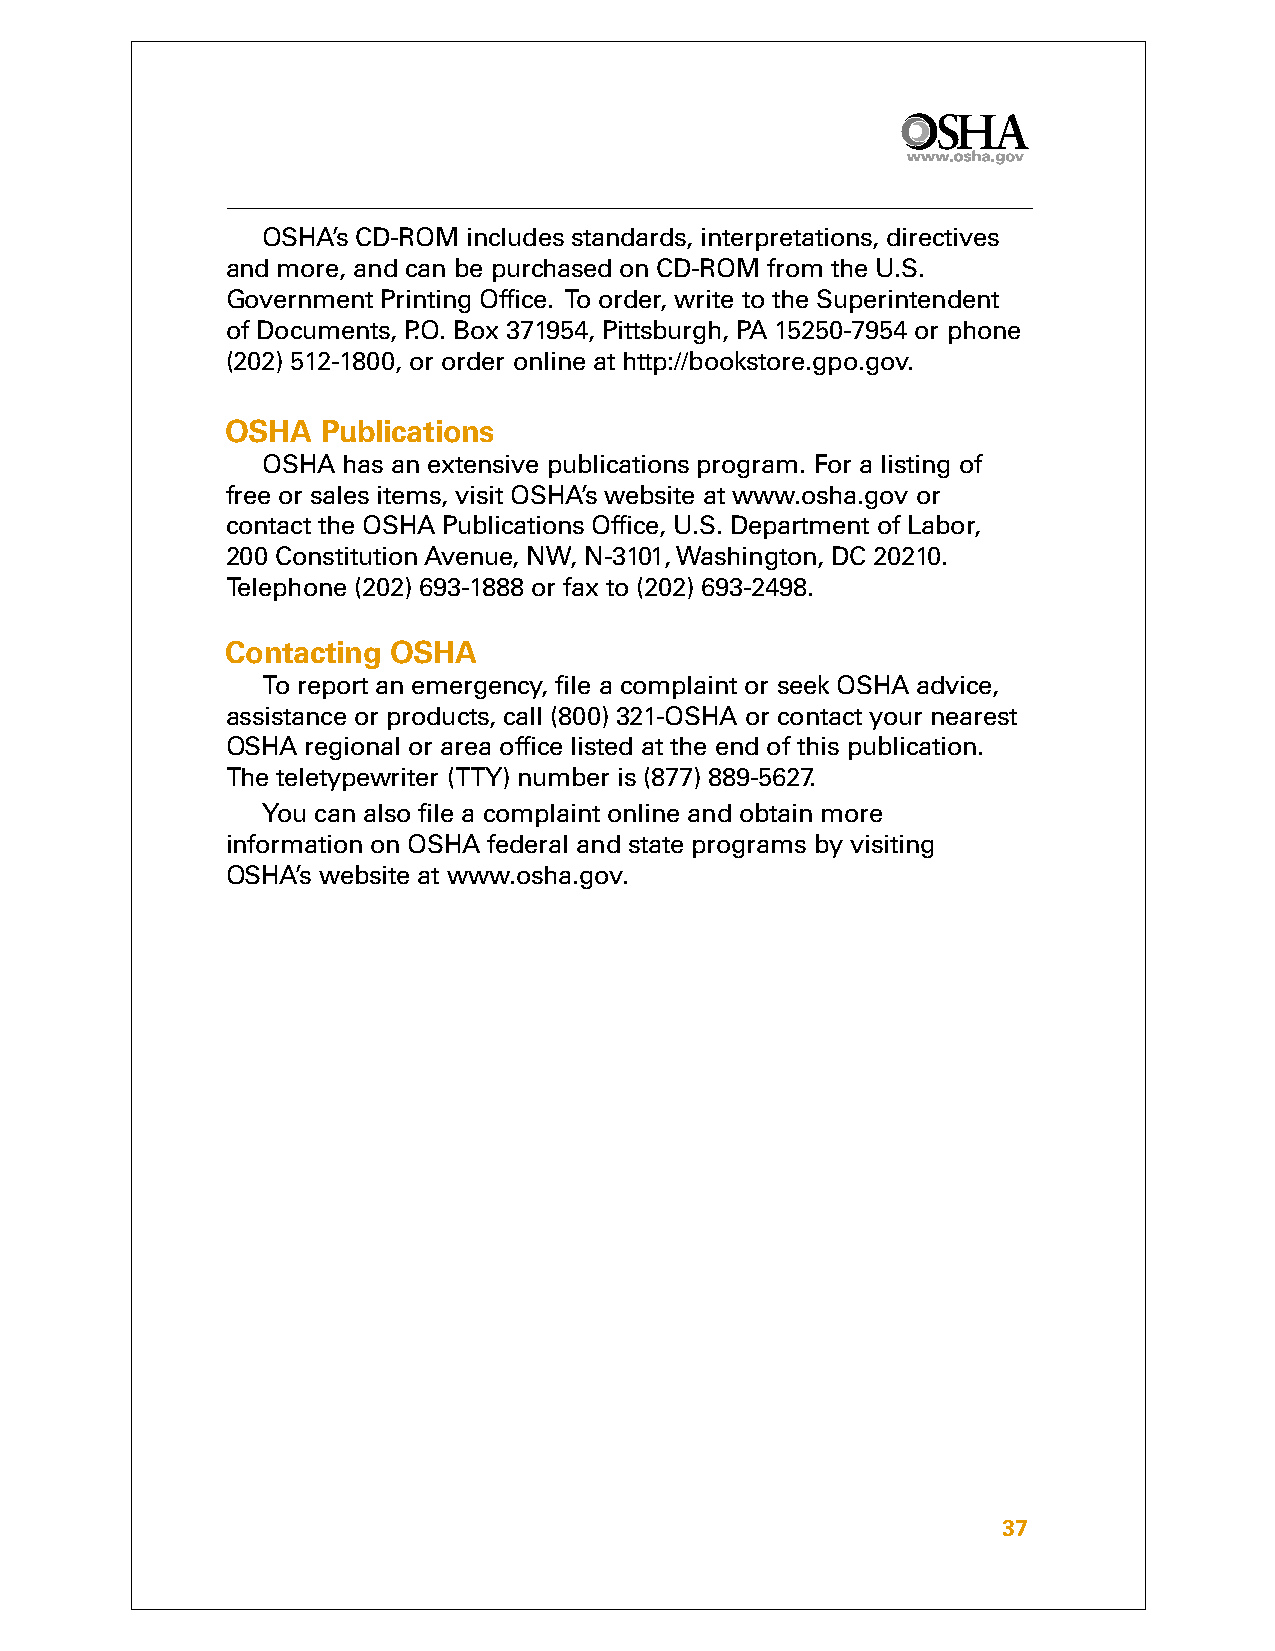
OSHA’s CD-ROM includes standards, interpretations, directives
 and more, and can be purchased on CD-ROM from the U.S.
 Government Printing Office. To order, write to the Superintendent
 of Documents, P.O. Box 371954, Pittsburgh, PA 15250-7954 or phone
 (202) 512-1800, or order online at http://bookstore.gpo.gov.
 OSHA  Publications
 OSHA  has an extensive publications program. For a listing of
 free or sales items, visit OSHA’s website at www.osha.gov or
 contact the OSHA Publications Office, U.S. Department of Labor,
 200 Constitution Avenue, NW, N-3101, Washington, DC 20210.
 Telephone (202) 693-1888 or fax to (202) 693-2498.
 Contacting OSHA
 To report an emergency, file a complaint or seek OSHA advice,
 assistance or products, call (800) 321-OSHA or contact your nearest
 OSHA regional or area office listed at the end of this publication.
 The teletypewriter (TTY) number is (877) 889-5627.
 You can also file a complaint online and obtain more
 information on OSHA federal and state programs by visiting
 OSHA’s website at www.osha.gov.
 37